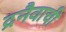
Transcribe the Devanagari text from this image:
द्रनैवाची